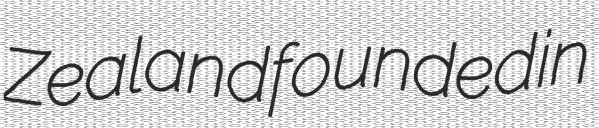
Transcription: Zealand founded in